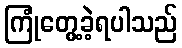
ကြုံတွေ့ခဲ့ရပါသည်